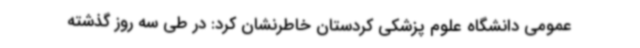
عمومی دانشگاه علوم پزشکی کردستان خاطرنشان کرد: در طی سه روز گذشته